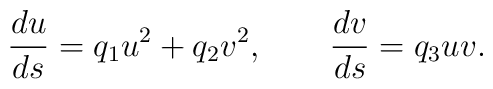
{d u\over ds} = q_1 u^2 + q_2 v^2 ,\qquad  {d v\over ds} = q_3 u v .